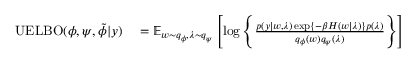
\begin{array} { r l } { \operatorname { U E L B O } ( \phi , \psi , \Tilde { \phi } | y ) } & { { } = \operatorname { \mathbb { E } } _ { w \sim q _ { \phi } , \lambda \sim q _ { \psi } } \left[ \log \left\{ \frac { p ( y | w , \lambda ) \exp \left\{ - \beta H ( w | \lambda ) \right\} p ( \lambda ) } { q _ { \phi } ( w ) q _ { \psi } ( \lambda ) } \right\} \right] } \end{array}